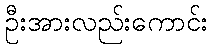
ဦးအားလည်းကောင်း